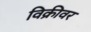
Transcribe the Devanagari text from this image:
विक्रीवर